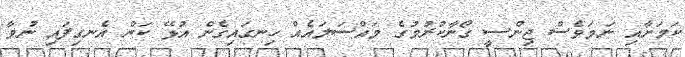
ކަމަށާއި ނަމަވެސް ޖިންސީ ގޯނާކުރުމުގެ މައްސަލައެއް ހިނގައިގެން އުޅޭ ކަން އެނގިފައި ނުވާ